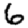
Digit: 6